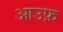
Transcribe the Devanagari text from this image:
आउफ़